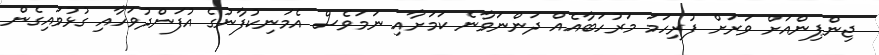
ޖިންޕިންއަށް ވަރަށް ފުރިހަމަ މަރުހަބާއެއް ދަންނަވާނެ ކަމަށާއި ނަމަވެސް އެމަނިކުފާނުގެ އުފަންދުވަހާއި ގުޅުވައިގެން